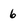
Character: 6